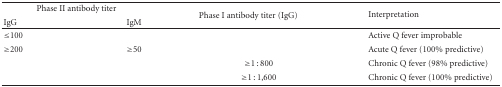
| <COLSPAN=2> Phase II antibody titer | Phase I antibody titer (IgG) | <ROWSPAN=2> Interpretation |
 | IgG | IgM |
 | --- | --- | --- | --- |
 | ≤100 |  |  | Active Q fever improbable |
 | ≥200 | ≥50 |  | Acute Q fever (100% predictive) |
 |  |  | ≥1 : 800 | Chronic Q fever (98% predictive) |
 |  |  | ≥1 : 1,600 | Chronic Q fever (100% predictive) |